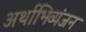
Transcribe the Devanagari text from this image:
अर्थाभिव्यंजन